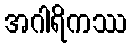
အဂါရိကဿ